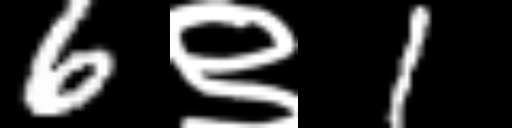
Text: 6९1